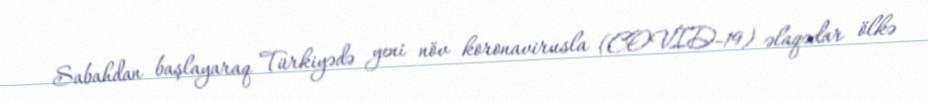
Sabahdan başlayaraq Türkiyədə yeni növ koronavirusla (COVID-19) əlaqədar ölkə